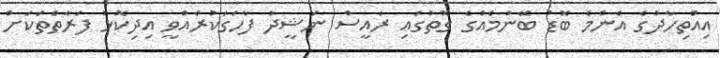
އިއްތިހާދުގެ އެންމެ ބޮޑު ބޭނުމެއްގެ ގޮތުގައި ރައީސް ނަޝީދު ފާހަގަކުރެއްވީ އިދިކޮޅު ފަރާތްތަކަށް